Annual report on the mental hospital in the Central Provinces and Berar (Nagpur) - 1927-1951
Year: 1927
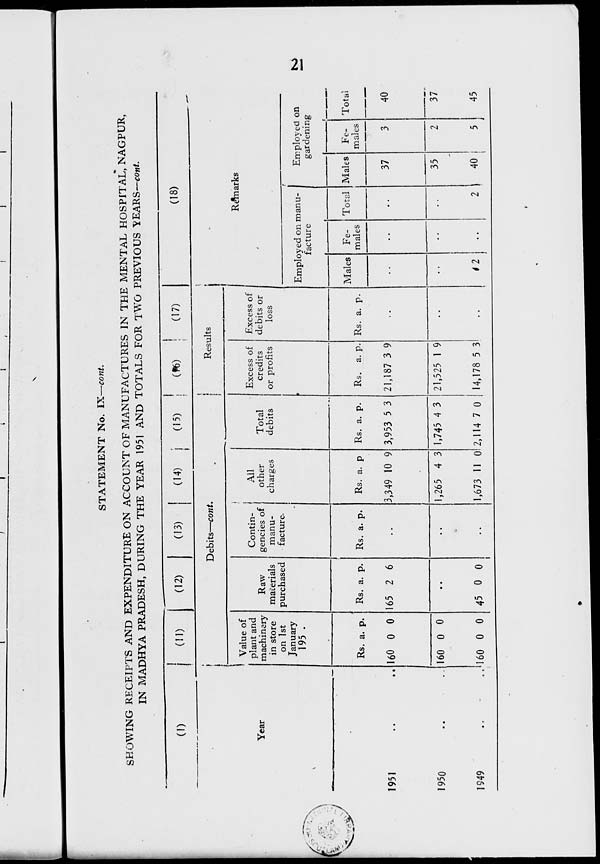
STATEMENT No. IX—cont.
SKOWING RECEIPTS AND EXPENDITURE ON ACCOUNT OF MANUFACTURES IN THE MENTAL HOSPITAL, NAGPUR,
IN MADHYA PRADESH, DURING THE YEAR 1951 AND TOTALS FOR TWO PREVIOUS YEARS—conU
, -
»
lv
-
i
1951
1950
1949
Year
Value of
plant and
machinery
in store
on 1st
January
195 .
Raw
materials
purchased
Contin-
gencies of
manu-
facture.
All
other
charges
Total
debits
Excess of
credits
or profits
Rs. a. p.
Rs. a. p.
160 0 0
160 0 0
.. 160 0 0 45 0 0
165 2 6
Rs. a. p.
Remarks
Excess of
debits or
loss
Rs. a. p
3,349 10 9
,265 4 3
Rs. a. p.
3,953 5 3
1,745 4 3
Rs. a. p.
21,187 3 9
21,525 1 9
1,673 11 0 2,114 7 0 14,178 5 3
Rs. a. p.
Employed on manu-
facture
Males Fe-
males
42
Employed on
gardening
Total Males
37
35
40 I
Fe-
ma les
Total
40
37
45
K>